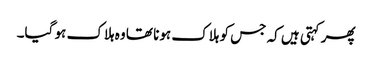
پھر کہتی ہیں کہ جس کو ہلاک ہونا تھا وہ ہلاک ہو گیا۔